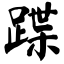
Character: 蹀